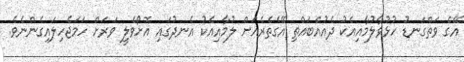
އޭގެ ވަތްގަނޑު ހުޅުވާލުމާއިއެކު ދެއުއްބައްތި އޭގެތެރެއަށް ލުމާއިއެކު އެނދުގައި އޮށޯވެލީ ވަރަށް ހަމަޖެހިލައިގެންނެވެ.